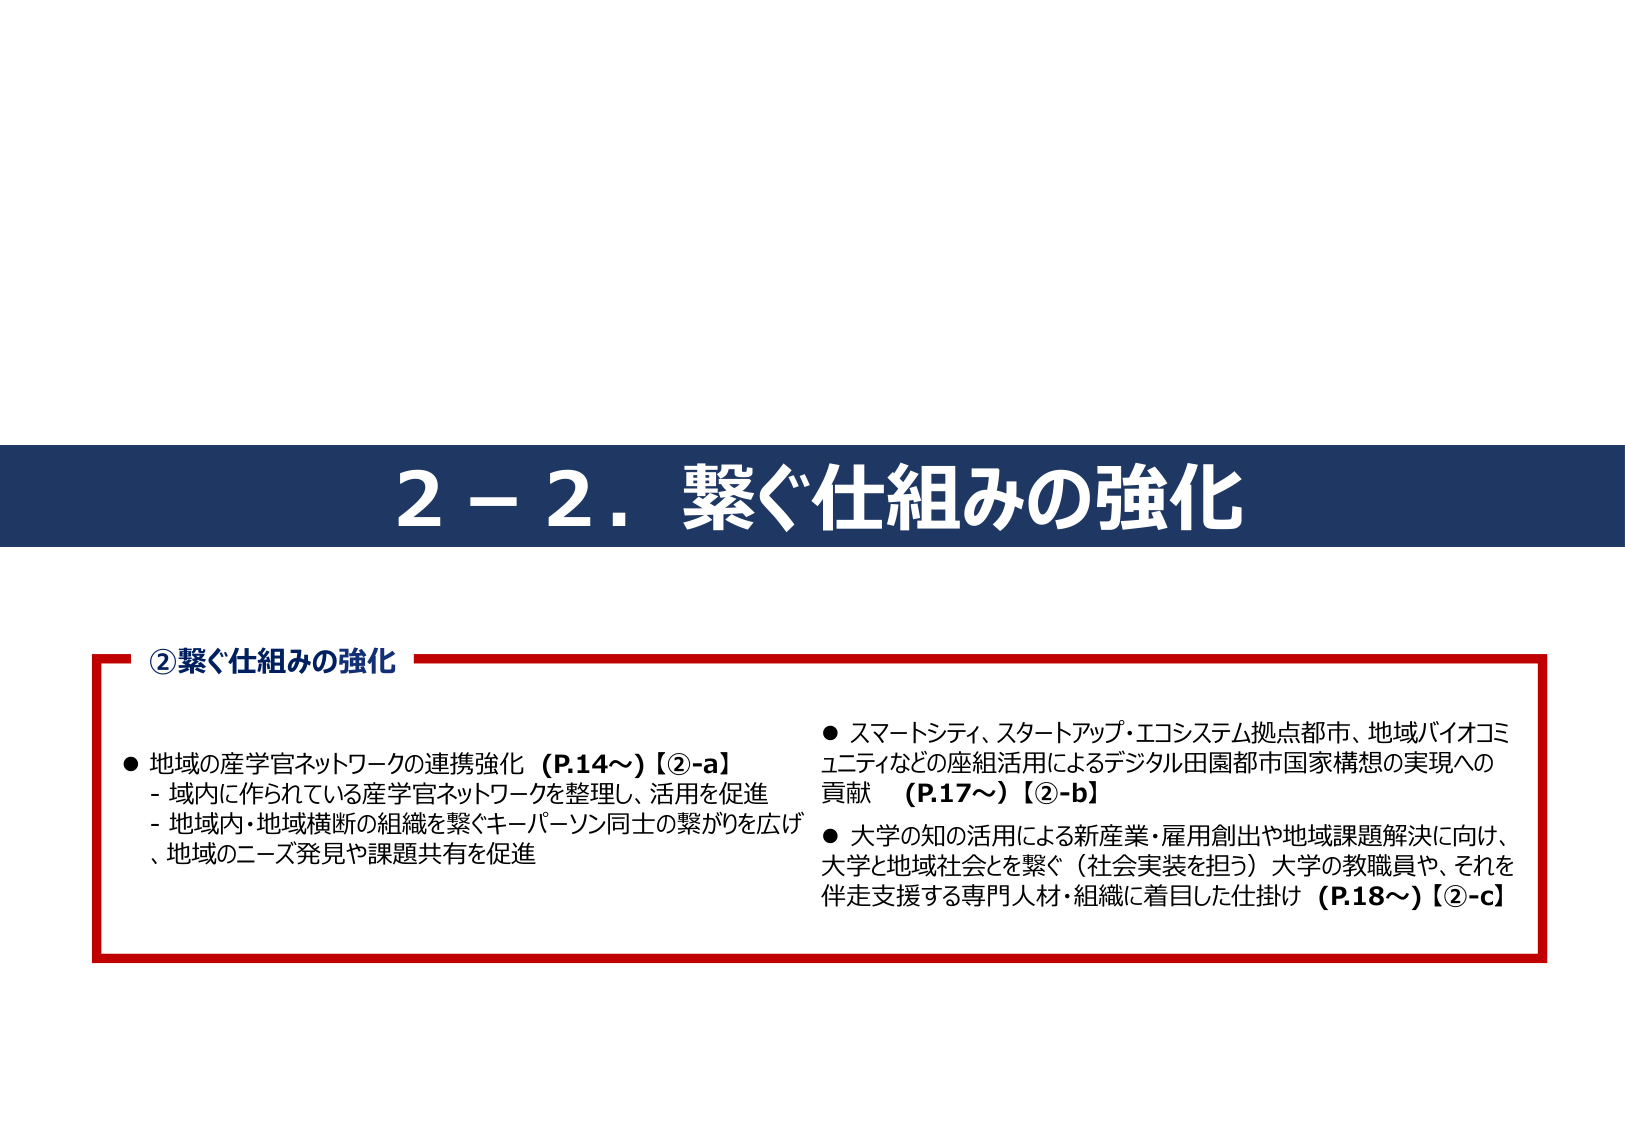
2－2．繋ぐ仕組みの強化

②繋ぐ仕組みの強化

● 地域の産学官ネットワークの連携強化（P.14～）【②-a】
- 域内に作られている産学官ネットワークを整理し、活用を促進
- 地域内・地域横断の組織を繋ぐキーパーソン同士の繋がりを広げ、地域のニーズ発見や課題共有を促進

● スマートシティ、スタートアップ・エコシステム拠点都市、地域バイオコミュニティなどの座組活用によるデジタル田園都市国家構想の実現への貢献 （P.17～）【②-b】

● 大学の知の活用による新産業・雇用創出や地域課題解決に向け、大学と地域社会とを繋ぐ（社会実装を担う）大学の教職員や、それを伴走支援する専門人材・組織に着目した仕掛け（P.18～）【②-c】